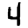
Digit: 4